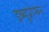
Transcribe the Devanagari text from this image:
इब्यूप्रोफन